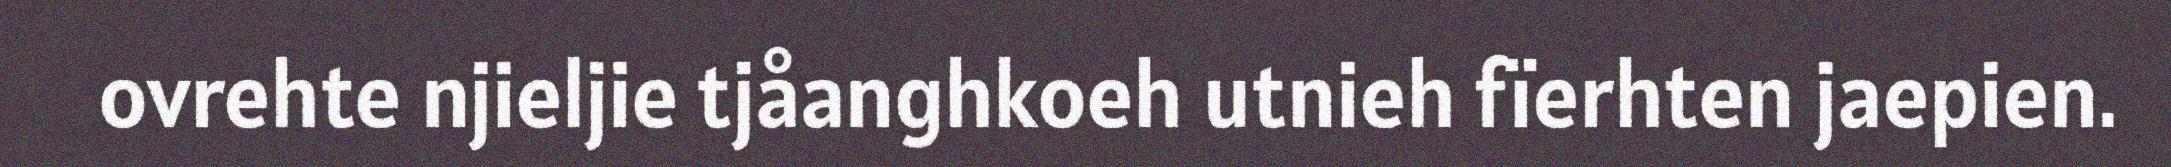
ovrehte njieljie tjåanghkoeh utnieh fïerhten jaepien.